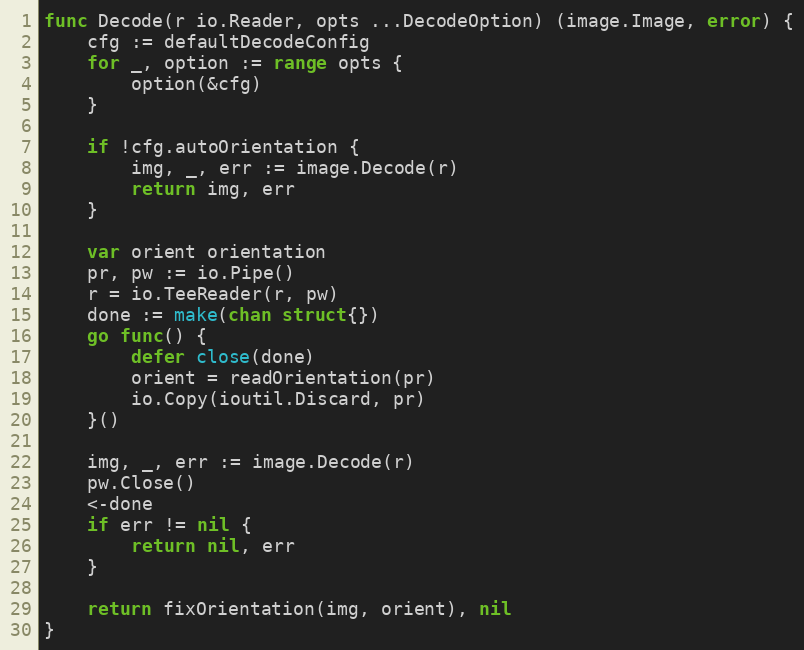
Language: Go
func Decode(r io.Reader, opts ...DecodeOption) (image.Image, error) {
	cfg := defaultDecodeConfig
	for _, option := range opts {
		option(&cfg)
	}

	if !cfg.autoOrientation {
		img, _, err := image.Decode(r)
		return img, err
	}

	var orient orientation
	pr, pw := io.Pipe()
	r = io.TeeReader(r, pw)
	done := make(chan struct{})
	go func() {
		defer close(done)
		orient = readOrientation(pr)
		io.Copy(ioutil.Discard, pr)
	}()

	img, _, err := image.Decode(r)
	pw.Close()
	<-done
	if err != nil {
		return nil, err
	}

	return fixOrientation(img, orient), nil
}